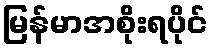
မြန်မာအစိုးရပိုင်